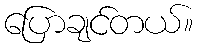
ပြောချင်တယ်။